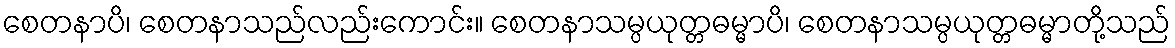
စေတနာပိ၊ စေတနာသည်လည်းကောင်း။ စေတနာသမ္ပယုတ္တဓမ္မာပိ၊ စေတနာသမ္ပယုတ္တဓမ္မာတို့သည်